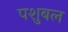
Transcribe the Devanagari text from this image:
पशुबल